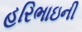
હરિભાઇની